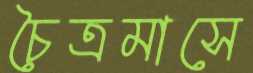
চৈত্রমাসে